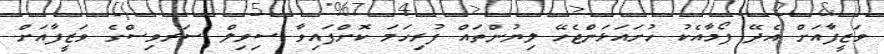
ވަޒީފާއަށް އެދޭ ފޯމާއެކު ހުށައަޅަންޖެހޭ ލިޔުންތައް ފުރިހަމަ ކޮށްފައިވާ ސިވިލް ސަރވިސްގެ ވަޒީފާއަށް